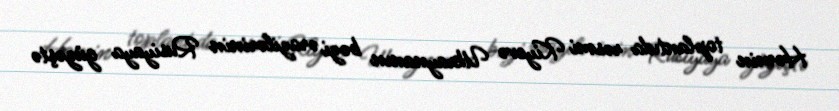
Həmin toplantıda rəsmi Kiyevə Ukraynanın bəzi ərazilərinin Rusiyaya güzəştə